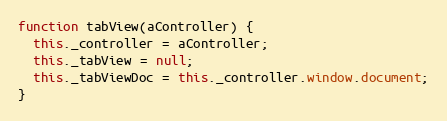
Language: JavaScript
function tabView(aController) {
  this._controller = aController;
  this._tabView = null;
  this._tabViewDoc = this._controller.window.document;
}